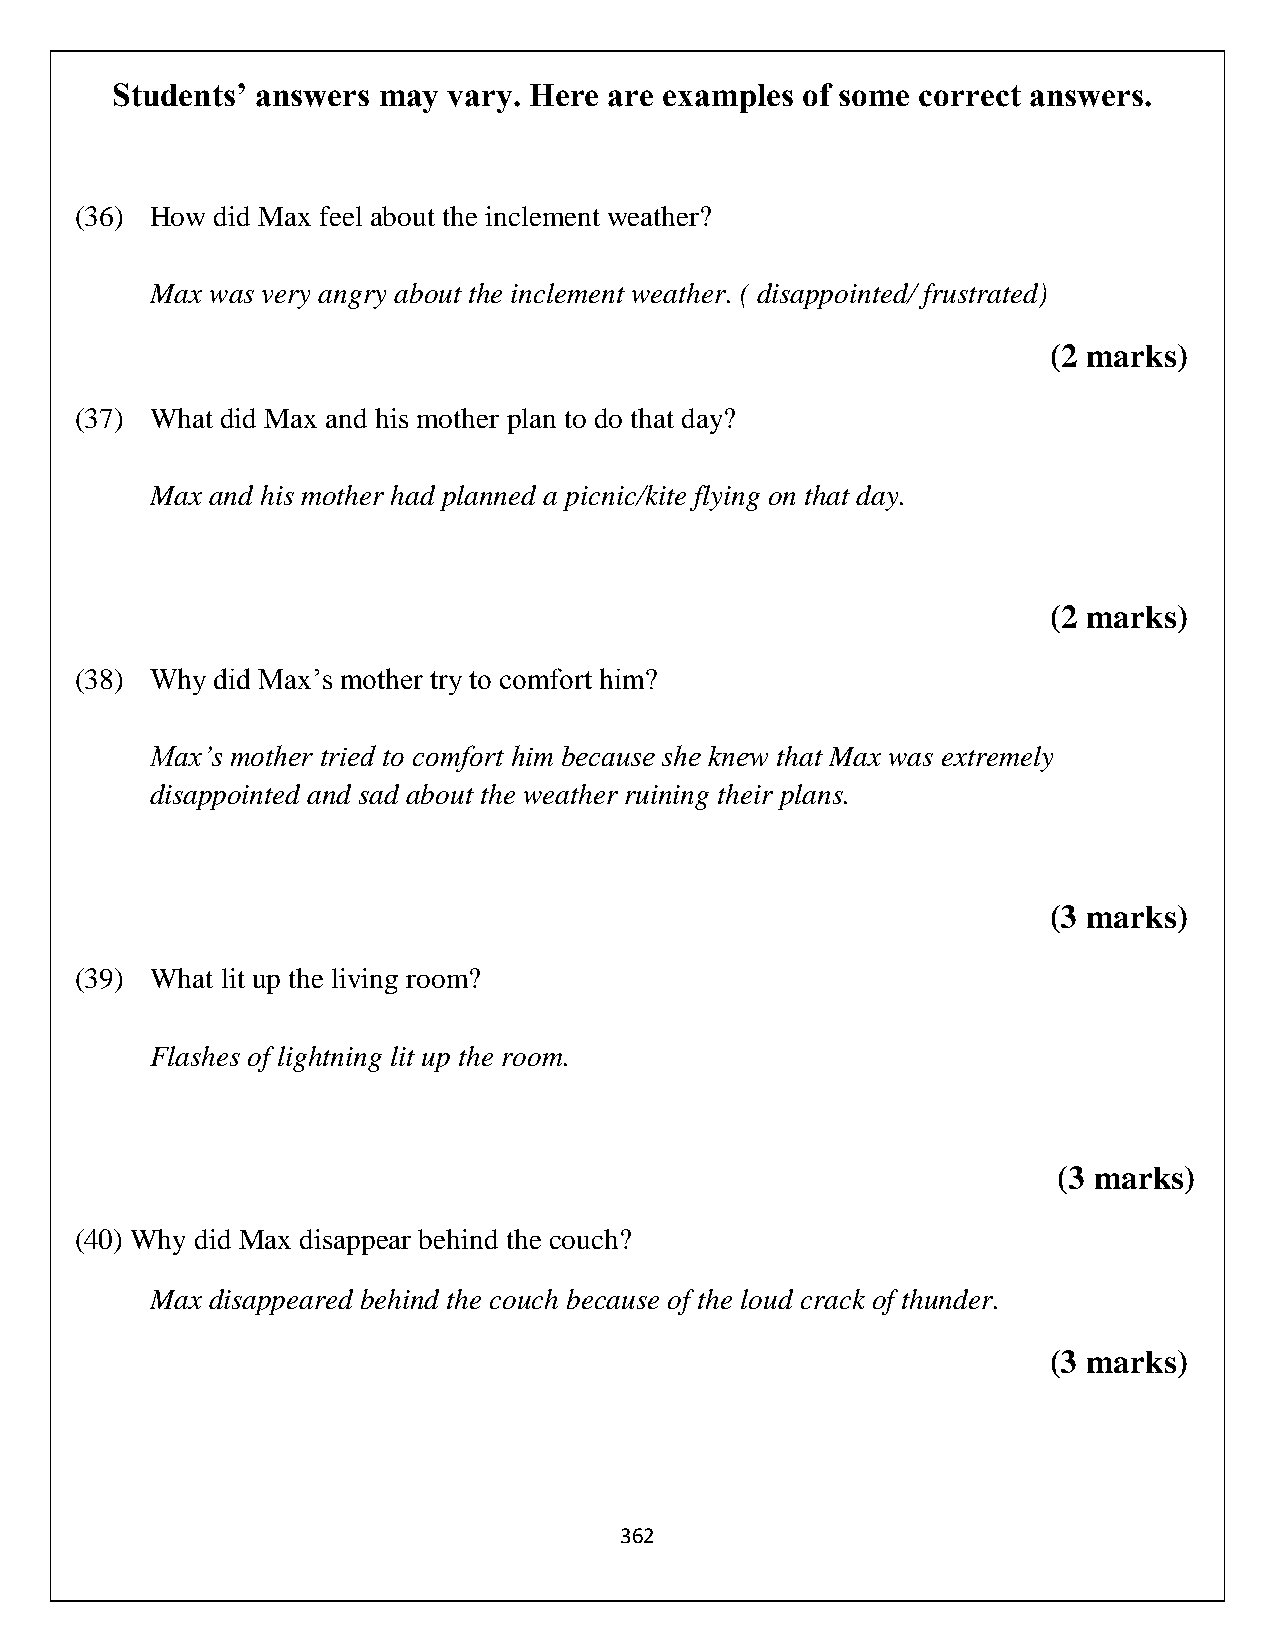
Students’ answers may  vary. Here are examples of some correct answers.
 (36) How did Max feel about the inclement weather?
 Max was very angry about the inclement weather. ( disappointed/ frustrated)
 (2 marks)
 (37) What did Max and his mother plan to do that day?
 Max and his mother had planned a picnic/kite flying on that day.
 (2 marks)
 (38) Why did Max’s mother try to comfort him?
 Max’s mother tried to comfort him because she knew that Max was extremely
 disappointed and sad about the weather ruining their plans.
 (3 marks)
 (39) What lit up the living room?
 Flashes of lightning lit up the room.
 (3 marks)
 (40) Why did Max disappear behind the couch?
 Max disappeared behind the couch because of the loud crack of thunder.
 (3 marks)
 362